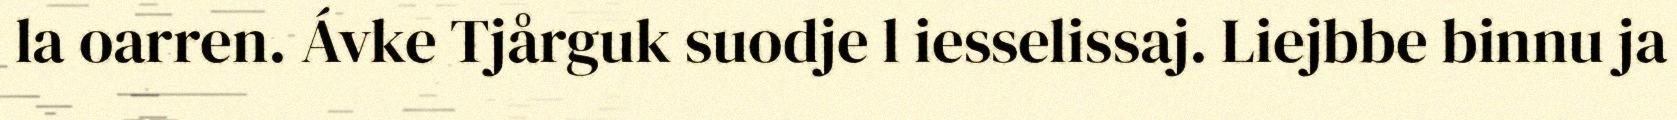
la oarren. Ávke Tjårguk suodje l iesselissaj. Liejbbe binnu ja